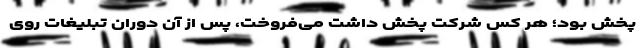
پخش بود؛ هر کس شرکت پخش داشت می‌فروخت، پس از آن دوران تبلیغات روی